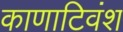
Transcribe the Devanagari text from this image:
काणाटिवंश